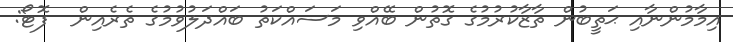
އިމާމުންނާއި ޙަތީބުން ތާޒާކުރުމުގެ ގޮތުން ބޭއްވި މަސައްކަތު ބައްދަލުވުމުގެ ތެރެއިން  ފޮޓޯ: